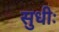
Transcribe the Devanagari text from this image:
सुधीः